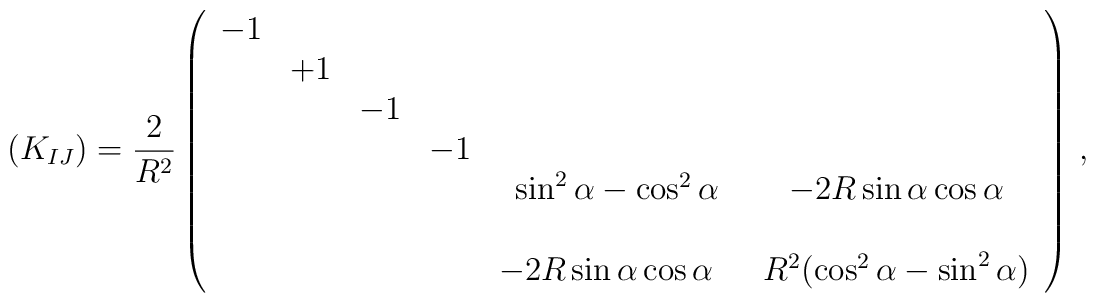
(K_{IJ})= \frac{2}{R^{2}}\left(  \begin{array}{cccccc}-1 &    &    &    &    &    \\   & +1 &    &    &    &    \\   &    & -1 &    &    &    \\   &    &    & -1 &    &    \\   &    &    &    & \sin^{2}{\alpha}-\cos^{2}{\alpha} & -2R\sin{\alpha}\cos{\alpha}\\   &    &    &    &    &    \\   &    &    &    &    -2R\sin{\alpha}\cos{\alpha}\,\,\,\,  & R^{2}(\cos^{2}{\alpha}-\sin^{2}{\alpha})                            \\  \end{array}\right)\, ,